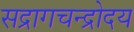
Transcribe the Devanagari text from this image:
सद्रागचन्द्रोदय